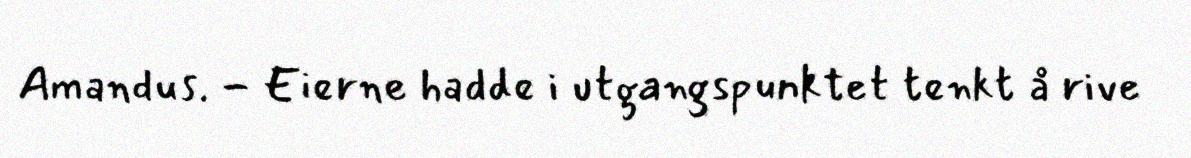
Amandus. - Eierne hadde i utgangspunktet tenkt å rive